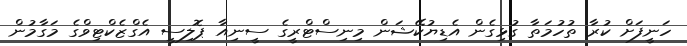
ހަނީފަށް ކުރާ ތުހުމަތާ ގުޅިގެން އެޑިޔުކޭޝަން މިނިސްޓްރީގެ ސީނިއާ ޕޮލިސީ އެގްޒެކްޓިވްގެ މަގާމުން